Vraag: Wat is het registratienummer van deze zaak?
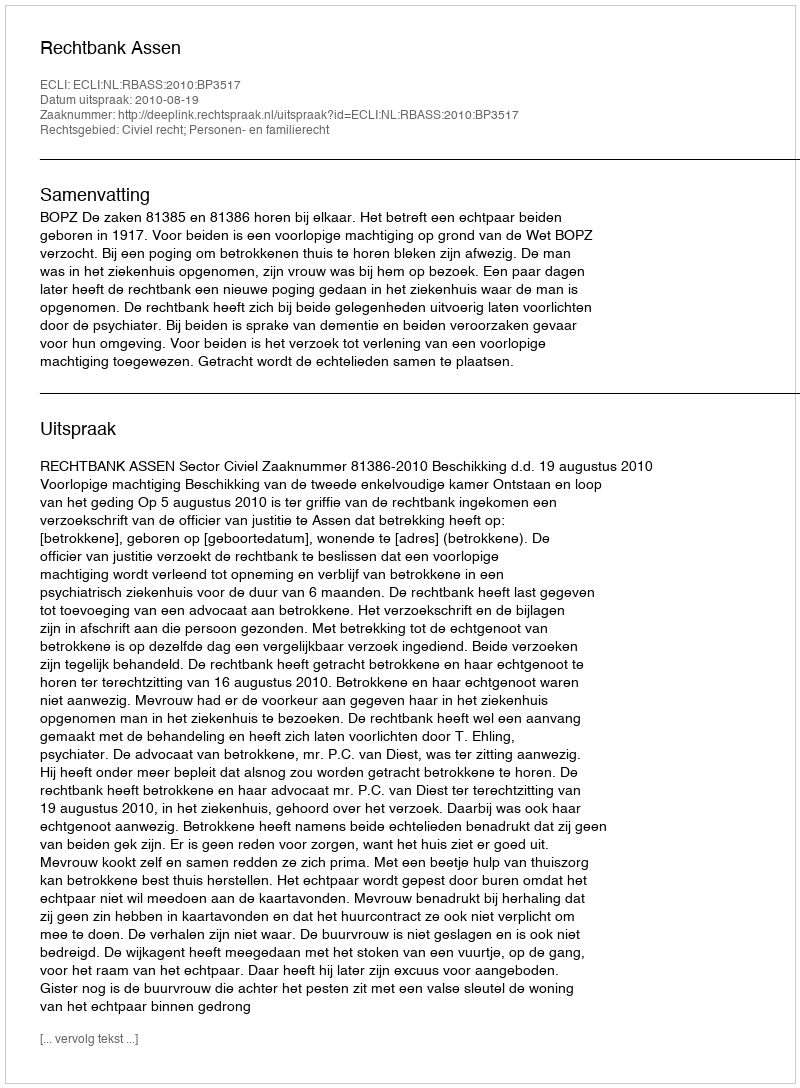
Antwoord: http://deeplink.rechtspraak.nl/uitspraak?id=ECLI:NL:RBASS:2010:BP3517